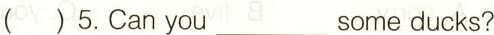
( ) 5.Can you ___ some ducks?